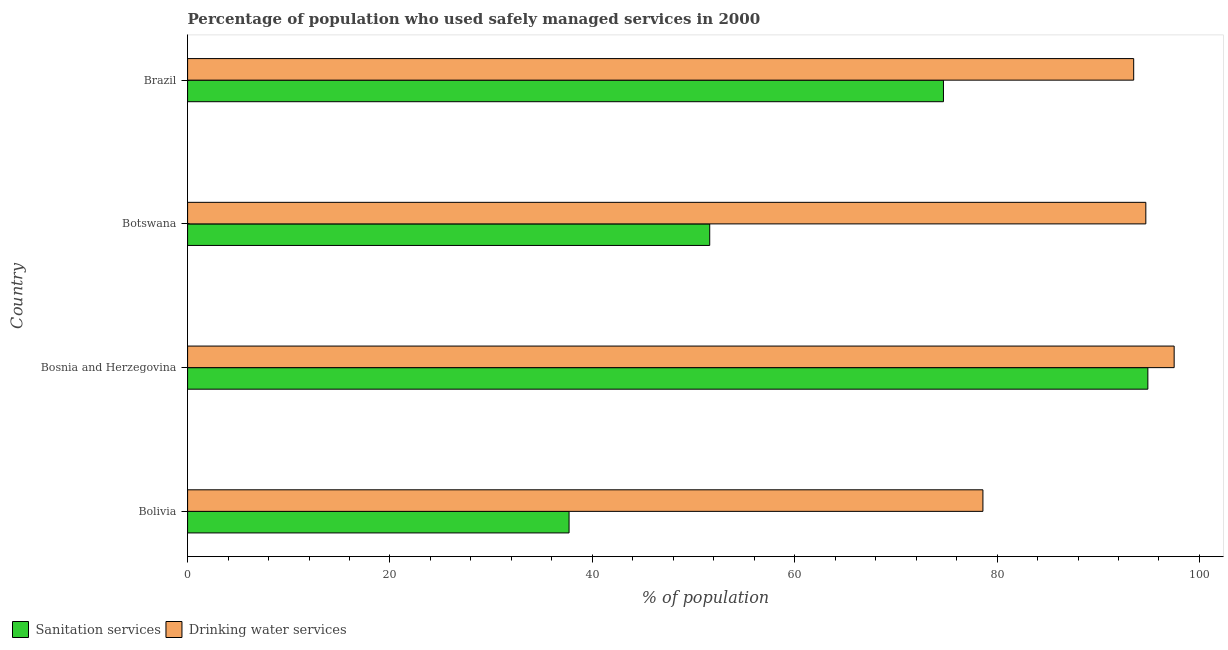
| Country | Sanitation services | Drinking water services |
 | --- | --- | --- |
 | Bolivia | 37.7 | 78.6 |
 | Bosnia and Herzegovina | 94.9 | 97.5 |
 | Botswana | 51.6 | 94.7 |
 | Brazil | 74.7 | 93.5 |